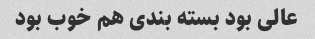
عالی بود بسته بندی هم خوب بود